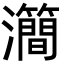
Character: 㶕